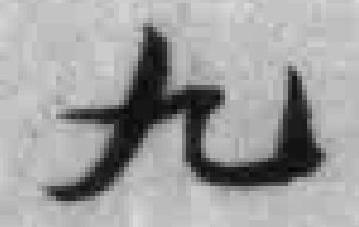
九